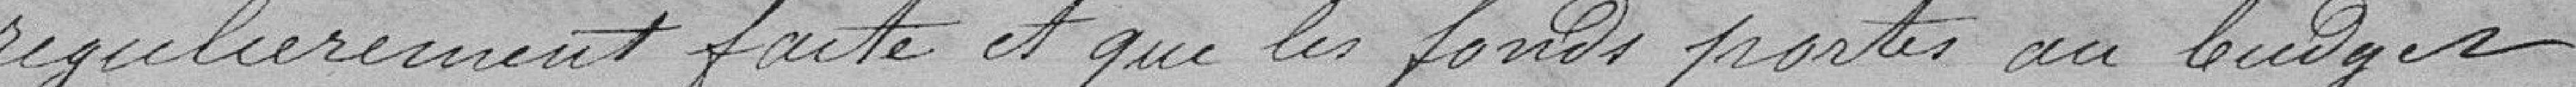
régulièrement faite et que les fonds portés au budget